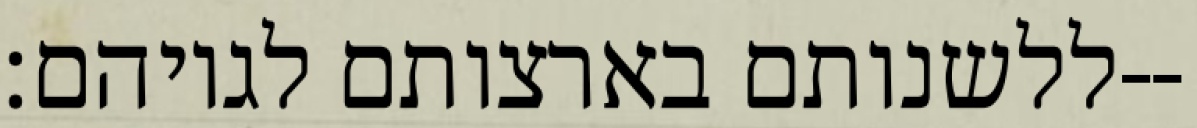
ללשנותם בארצותם לגויהם׃--